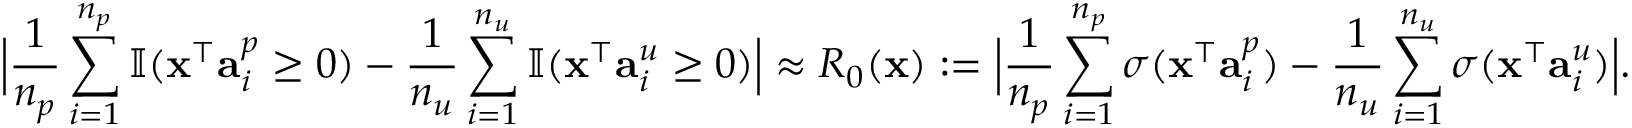
\Big | \frac { 1 } { n _ { p } } \sum _ { i = 1 } ^ { n _ { p } } \mathbb { I } ( { \mathbf x } ^ { \top } { \mathbf a } _ { i } ^ { p } \geq 0 ) - \frac { 1 } { n _ { u } } \sum _ { i = 1 } ^ { n _ { u } } \mathbb { I } ( { \mathbf x } ^ { \top } { \mathbf a } _ { i } ^ { u } \geq 0 ) \Big | \approx R _ { 0 } ( { \mathbf x } ) : = \Big | \frac { 1 } { n _ { p } } \sum _ { i = 1 } ^ { n _ { p } } \sigma ( { \mathbf x } ^ { \top } { \mathbf a } _ { i } ^ { p } ) - \frac { 1 } { n _ { u } } \sum _ { i = 1 } ^ { n _ { u } } \sigma ( { \mathbf x } ^ { \top } { \mathbf a } _ { i } ^ { u } ) \Big | .